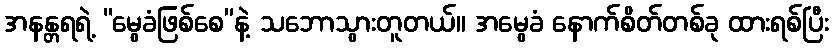
အနန္တရရဲ့ “မွေခံဖြစ်စေ”နဲ့ သဘောသွားတူတယ်။ အမွေခံ နောက်စိတ်တစ်ခု ထားရစ်ပြီး